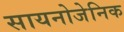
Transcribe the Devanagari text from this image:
सायनोजेनिक